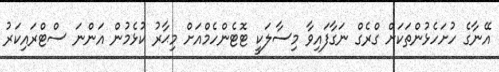
އޭނާގެ ހުށަހެޅުންތަކަށް ގްރެގް ނަގާފައިވާ މިސާލަކީ ޓޮޓެންހެމްއަށް މިޙާރު ކުޅެމުން އަންނަ ސްޓްރައިކަރު